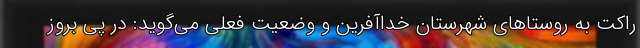
راکت به روستاهای شهرستان خداآفرین و وضعیت فعلی می‌گوید: در پی بروز